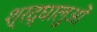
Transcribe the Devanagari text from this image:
श्रद्घालुओं